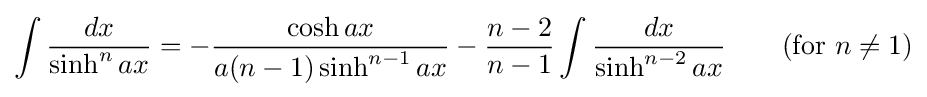
\int {\frac {dx}{\sinh ^{n}ax}}=-{\frac {\cosh ax}{a(n-1)\sinh ^{n-1}ax}}-{\frac {n-2}{n-1}}\int {\frac {dx}{\sinh ^{n-2}ax}}\qquad {\mbox{(for }}n\neq 1{\mbox{)}}